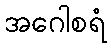
အဂေါစရံ